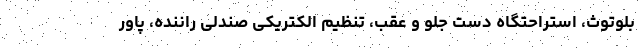
بلوتوث، استراحتگاه دست جلو و عقب، تنظیم الکتریکی صندلی راننده، پاور